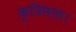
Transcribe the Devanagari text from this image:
कृत्रिमता।